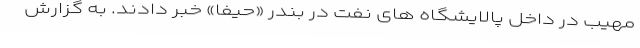
مهیب در داخل پالایشگاه های نفت در بندر «حیفا» خبر دادند. به گزارش